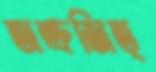
অশ্রুজিত্